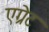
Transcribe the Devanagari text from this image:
एग्रेट